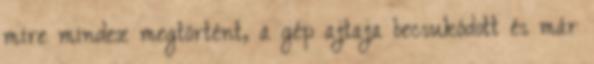
mire mindez megtörtént, a gép ajtaja becsukódott és már